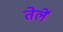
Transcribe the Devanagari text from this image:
तेलें